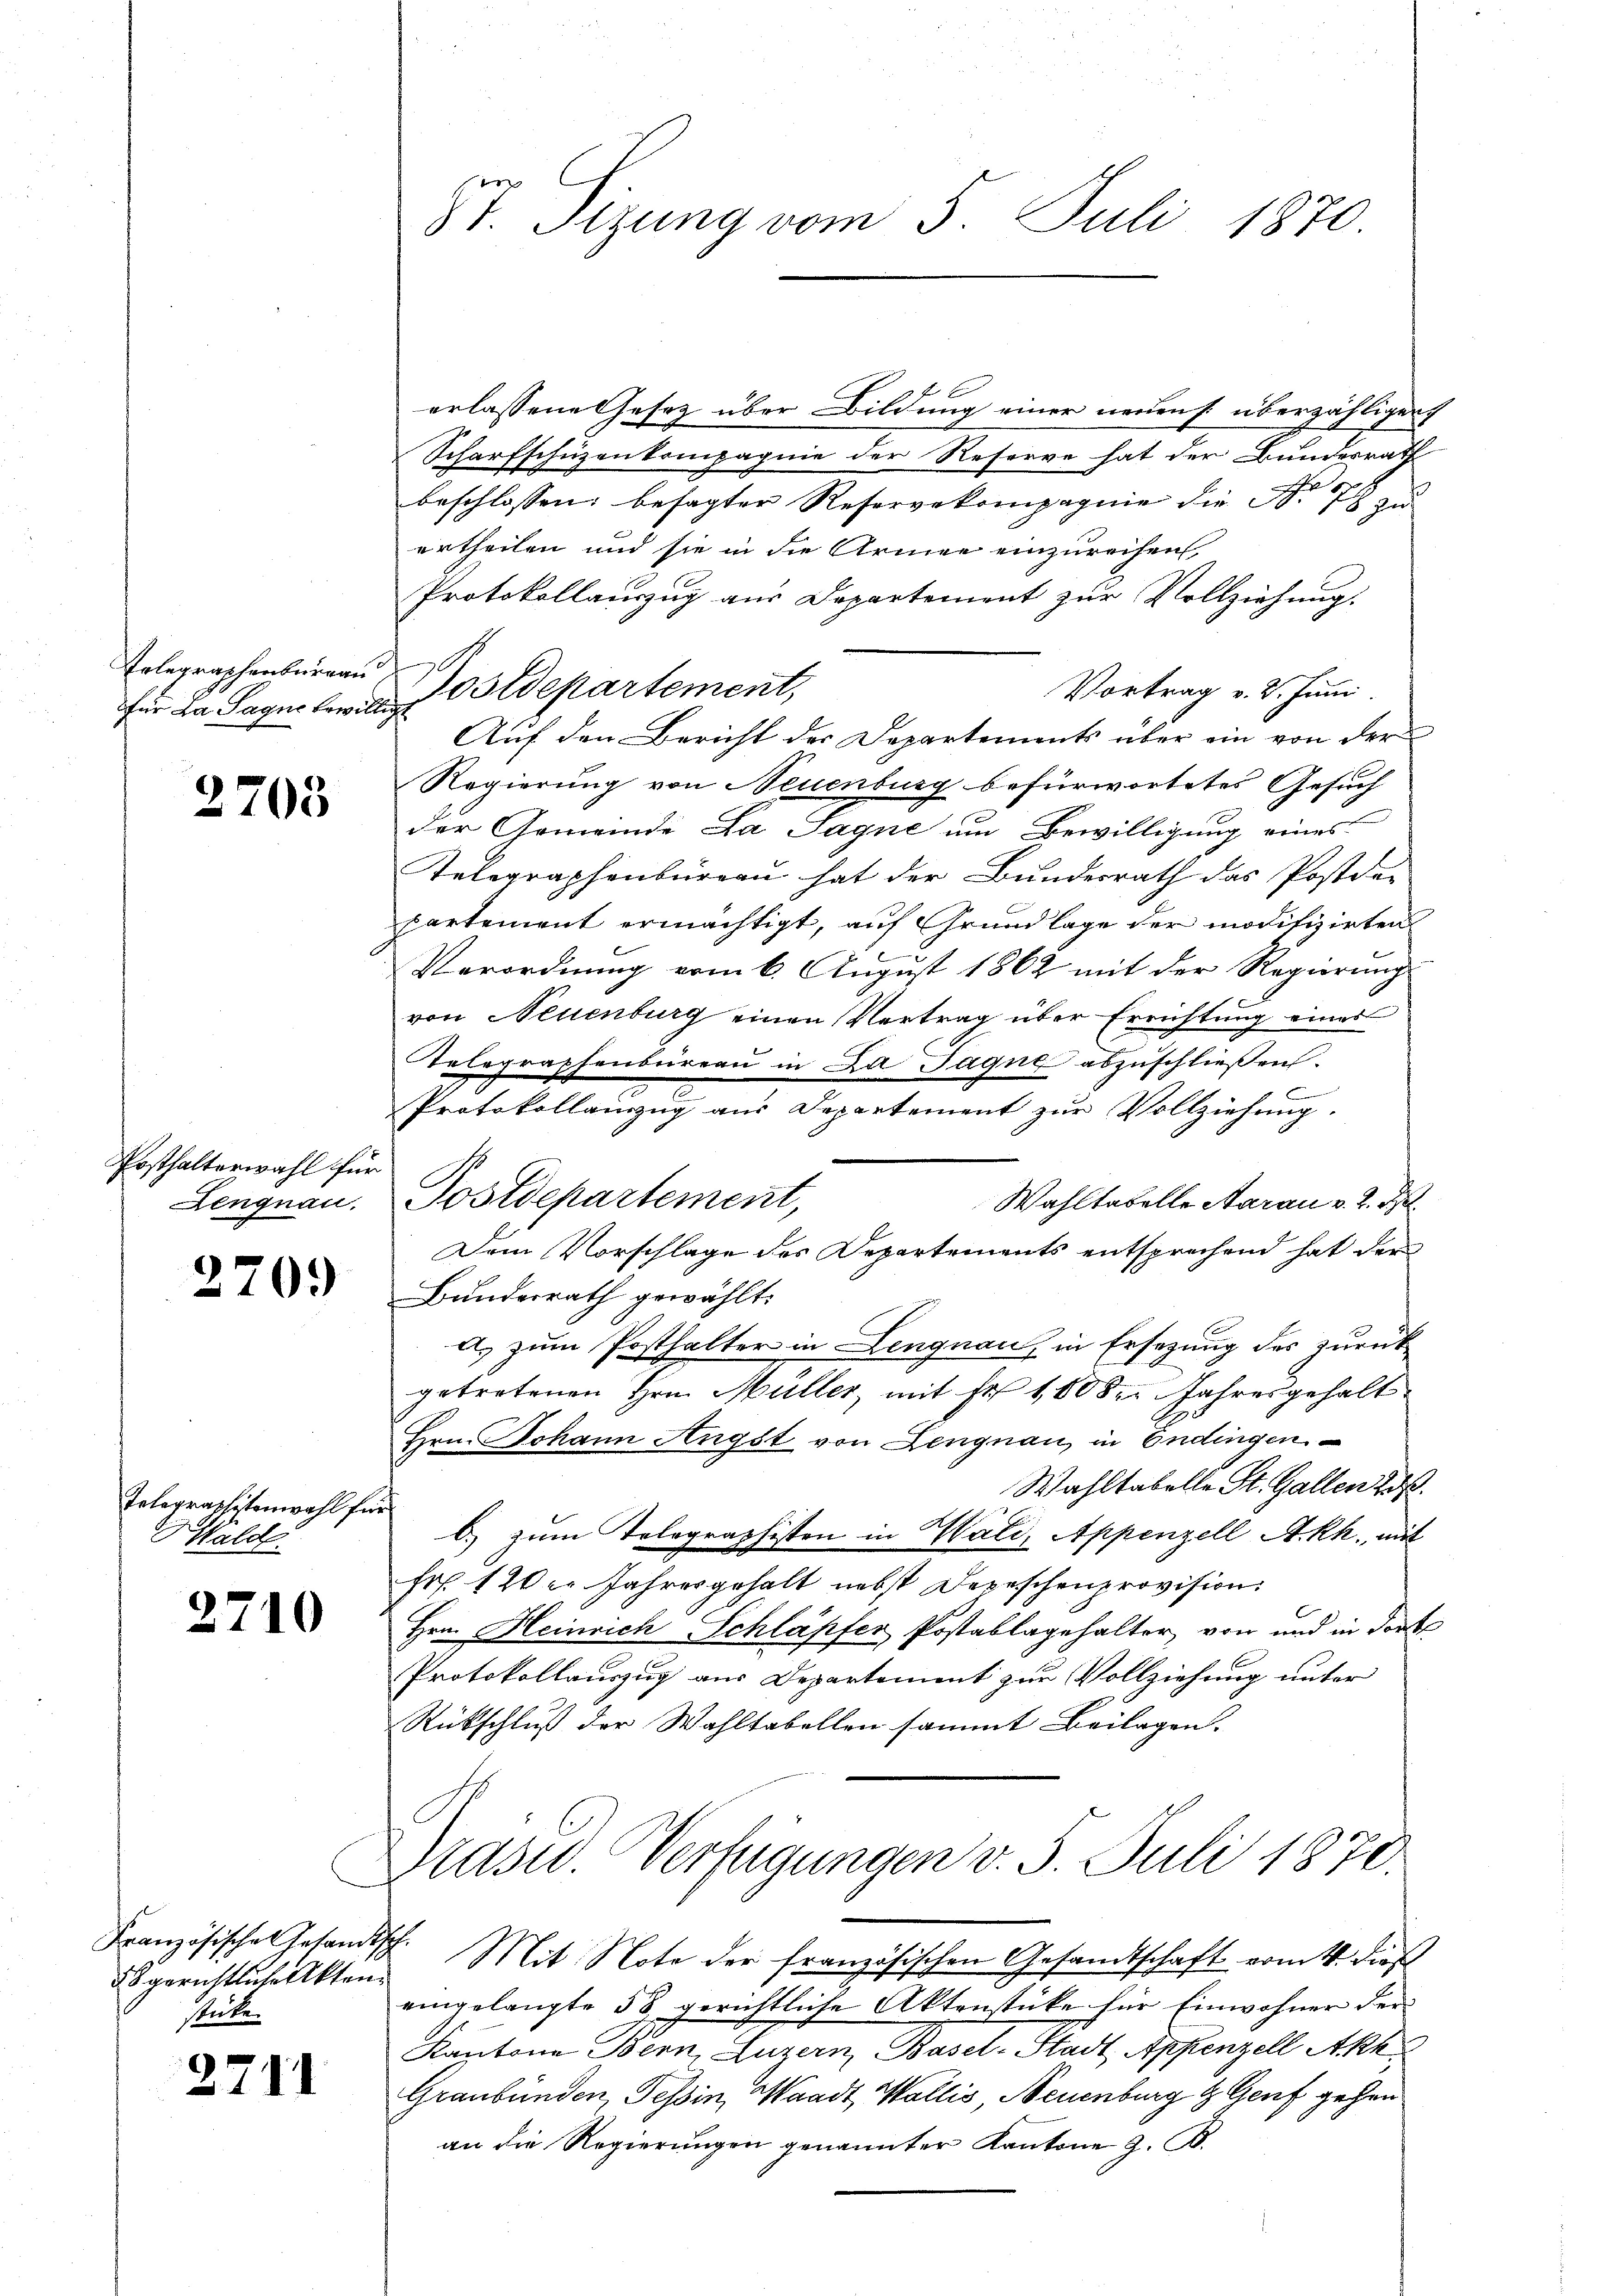
Telegraphenburgau
für La Sague bewilli¬

2703

Posthalterwahl für
Lengnau.

2203

Telegraphistenwahl für
Wald

2710

55 gerichtliche Akten.
Stücke.

2711

87. Sizung vom 5. Juli 1870.

erlassene Gesetz über Bildung einer neuens überzähligen
Scharfschüzenkompagnie der Reserve hat der Bundesrath
beschlossen: besagter Reservekompagnie die No 7 zu
urtheilen und sie in die Armee einzureihen,
Protokollauszug aus Departement zur Vollziehung.
Vortrag v. 2. Juni.
Aŭf den Bericht der Departements über ein von der
Regierung von Neuenburg befürwortetes Gesuch
der Gemeinde La Jagne um Bewilligung eines
Telegraphenbüreau hat der Bundesrath das Postder
partement ermächtigt, auf Grundlage der modifizirten
Verordnung vom 6. August 1862 mit der Regierung
von Neuenburg einen Vertrag über Errichtung eines
Telegraphenbureau in Da Jagne abzuschließen.
C
Protokollanzug aus Departement zur Vollziehung.
Wahltabelle Aarau v. 2. d.
Dem Vorschlage des Departements entsprechend hat der
Bundesrath gewählt:
A. zum Posthalter in Lengnau, in Ersezung des zurück
getretenen Hrn. Müller, mit Fr. 1808 Jahresgehalt
Hrn. Johann Angst von Lengnau, in Endingen
Wahltabelle St. Gallen d
b. zum Tolographisten in Wald, Appenzell A.Rh., mit
Fr. 120 l. Jahresgehalt nebst Depeschenprovision:
Hrn. Heinrich Schläpfer Postablagehalter, von und in dorts
Protokollauszug aus Departement zur Vollziehung unter
Rückschluß der Wahltabellen sammt Beilagens
Präsid. Verfügungen v. 5. Juli 1870.
Französische Gesandtsch. Mit Note der französischen Gesandtschaft vom 11. dieß
eingelangte 58 gerichtliche Aktenstüke für Einwohner der
Kantone Bern, Luzern, Basel-Stadt, Appenzell Akk
Graubünden, Teßin, Waadt, Wallis, Neuenburg & Genf gehen
an die Regierungen genannter Kantone z. B.

Postdepartement,

Postdepartement,